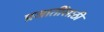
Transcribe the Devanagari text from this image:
प्रजातींसाठी